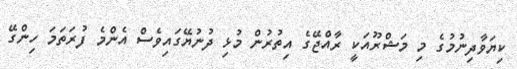
ކިޔަވާދިނުމުގެ މި މަޝްރޫއަކީ ރާއްޖޭގެ އިތުރުން މުޅި ދުނުޔޭގައިވެސް އެންމެ ފުރަތަމަ ހިންގޭ